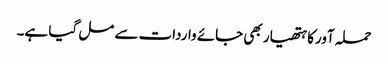
حملہ آورکا ہتھیار بھی جائے واردات سے مل گیا ہے۔